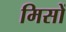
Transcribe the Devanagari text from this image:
मिसों